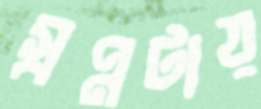
স্বপ্নটায়